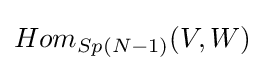
Hom_{Sp(N-1)}(V,W)